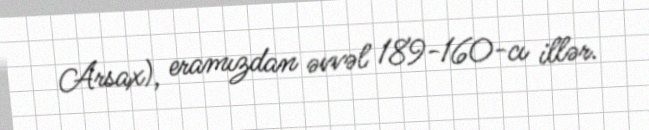
Arsax), eramızdan əvvəl 189-160-cı illər.